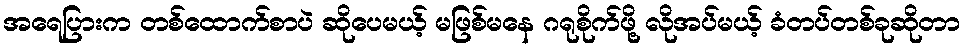
အရေပြားက တစ်ထောက်စာပဲ ဆိုပေမယ့် မဖြစ်မနေ ဂရုစိုက်ဖို့ လိုအပ်မယ့် ခံတပ်တစ်ခုဆိုတာ